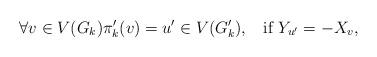
LaTeX: \begin{align*}\forall v \in V(G_k) \pi'_k(v) = u' \in V(G'_k), \;\; \hbox{ if } Y_{u'} = - X_v,\end{align*}